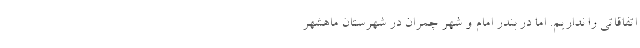
اتفاقاتی را نداریم. اما در بندر امام و شهر چمران در شهرستان ماهشهر